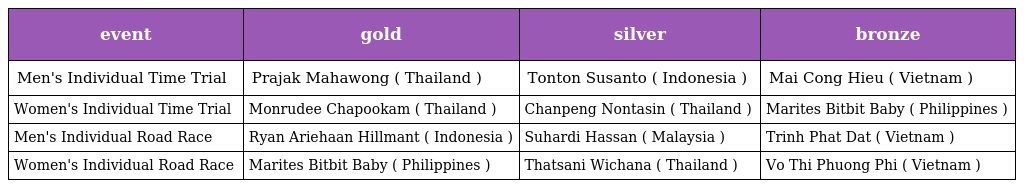
| event | gold | silver | bronze |
 | --- | --- | --- | --- |
 | Men's Individual Time Trial | Prajak Mahawong ( Thailand ) | Tonton Susanto ( Indonesia ) | Mai Cong Hieu ( Vietnam ) |
 | Women's Individual Time Trial | Monrudee Chapookam ( Thailand ) | Chanpeng Nontasin ( Thailand ) | Marites Bitbit Baby ( Philippines ) |
 | Men's Individual Road Race | Ryan Ariehaan Hillmant ( Indonesia ) | Suhardi Hassan ( Malaysia ) | Trinh Phat Dat ( Vietnam ) |
 | Women's Individual Road Race | Marites Bitbit Baby ( Philippines ) | Thatsani Wichana ( Thailand ) | Vo Thi Phuong Phi ( Vietnam ) |